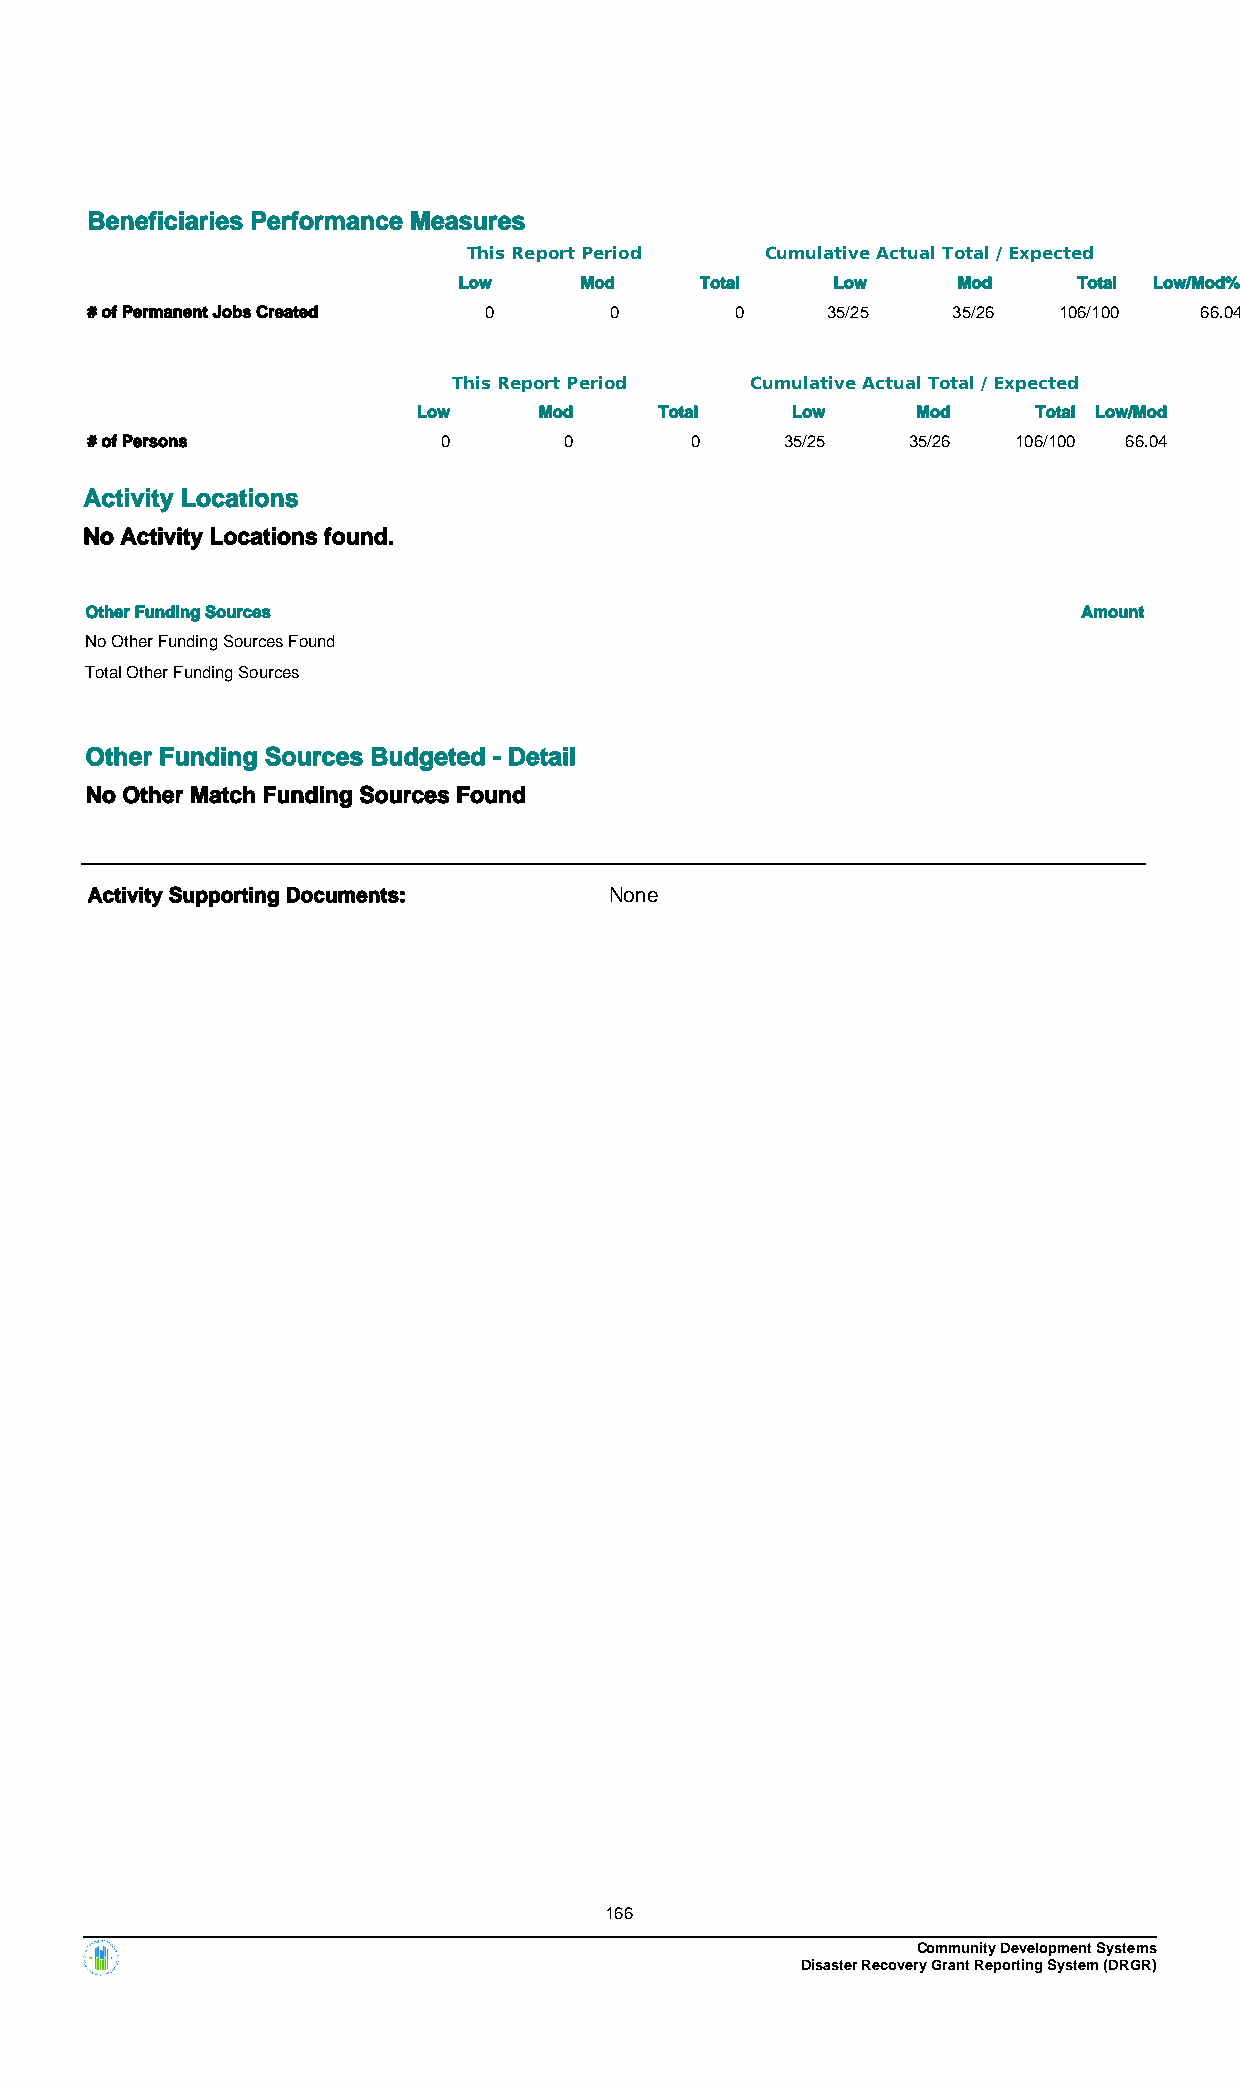
Beneficiaries Performance Measures
 This Report Period  Cumulative Actual Total / Expected
 Low     Mod     Total    Low     Mod     Total Low/Mod%
 # of Permanent Jobs Created 0     0        0     35/25   35/26  106/100  66.04
 This Report Period  Cumulative Actual Total / Expected
 Low     Mod     Total   Low      Mod     Total Low/Mod
 # of Persons           0       0        0     35/25   35/26  106/100 66.04
 Activity Locations
 No Activity Locations found.
 Other Funding Sources                                             Amount
 No Other Funding Sources Found
 Total Other Funding Sources
 Other Funding Sources Budgeted - Detail
 No Other Match Funding Sources Found
 Activity Supporting Documents:    None
 166
 Community Development Systems
 Disaster Recovery Grant Reporting System (DRGR)